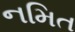
નમિત